Day School Certificate (Higher), 1934
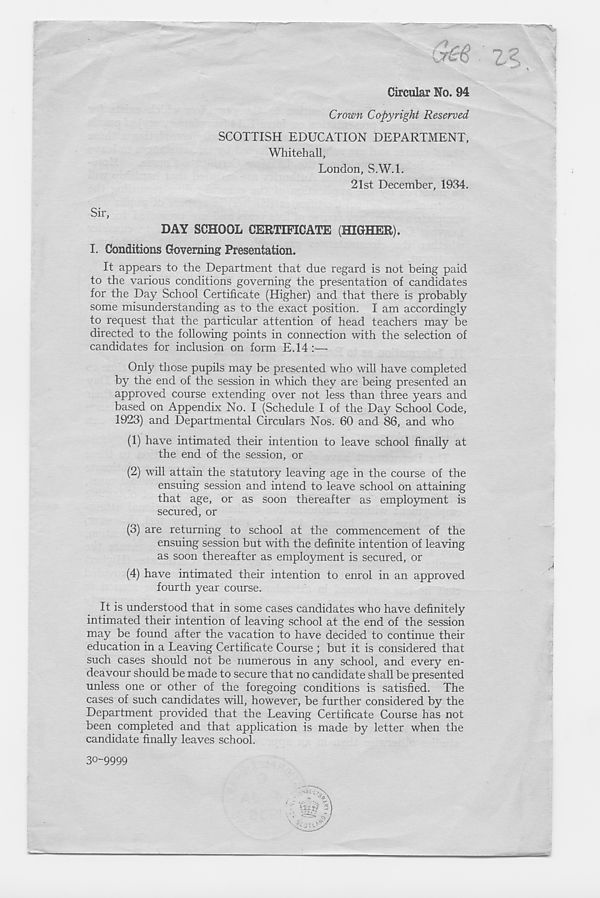
Cr£$
Circular No. 94
Crown Copyright Reserved
SCOTTISH EDUCATION DEPARTMENT,
Whitehall,
London, S.W.l.
21st December, 1934.
Sir,
DAY SCHOOL CERTIFICATE (HIGHER).
I. Conditions Governing Presentation.
It appears to the Department that due regard is not being paid
to the various conditions governing the presentation of candidates
for the Day School Certificate (Higher) and that there is probably
some misunderstanding as to the exact position. I am accordingly
to request that the particular attention of head teachers may be
directed to the following points in connection with the selection of
candidates for inclusion on form E.14 :—
Only those pupils may be presented who will have completed
by the end of the session in which they are being presented an
approved course extending over not less than three years and
based on Appendix No. I (Schedule I of the Day School Code,
1923) and Departmental Circulars Nos. 60 and 86, and who
(1) have intimated their intention to leave school finally at
the end of the session, or
(2) will attain the statutory leaving age in the course of the
ensuing session and intend to leave school on attaining
that age, or as soon thereafter as employment is
secured, or
(3) are returning to school at the commencement of the
ensuing session but with the definite intention of leaving
as soon thereafter as employment is secured, or
(4) have intimated their intention to enrol in an approved
fourth year course.
It is understood that in some cases candidates who have definitely
intimated their intention of leaving school at the end of the session
may be found after the vacation to have decided to continue their
education in a Leaving Certificate Course ; but it is considered that
such cases should not be numerous in any school, and everj^ en-
deavour should be made to secure that no candidate shall be presented
unless one or other of the foregoing conditions is satisfied. The
cases of such candidates will, however, be further considered by the
Department provided that the Leaving Certificate Course has not
been completed and that application is made by letter when the
candidate finally leaves school.
30-9999